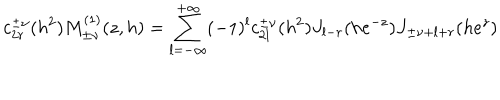
LaTeX: c _ { 2 r } ^ { \pm \nu } ( h ^ { 2 } ) M _ { \pm \nu } ^ { ( 1 ) } ( z , h ) = \sum _ { l = - \infty } ^ { + \infty } ( - 1 ) ^ { l } c _ { 2 l } ^ { \pm \nu } ( h ^ { 2 } ) J _ { l - r } ( h e ^ { - z } ) J _ { \pm \nu + l + r } ( h e ^ { z } )